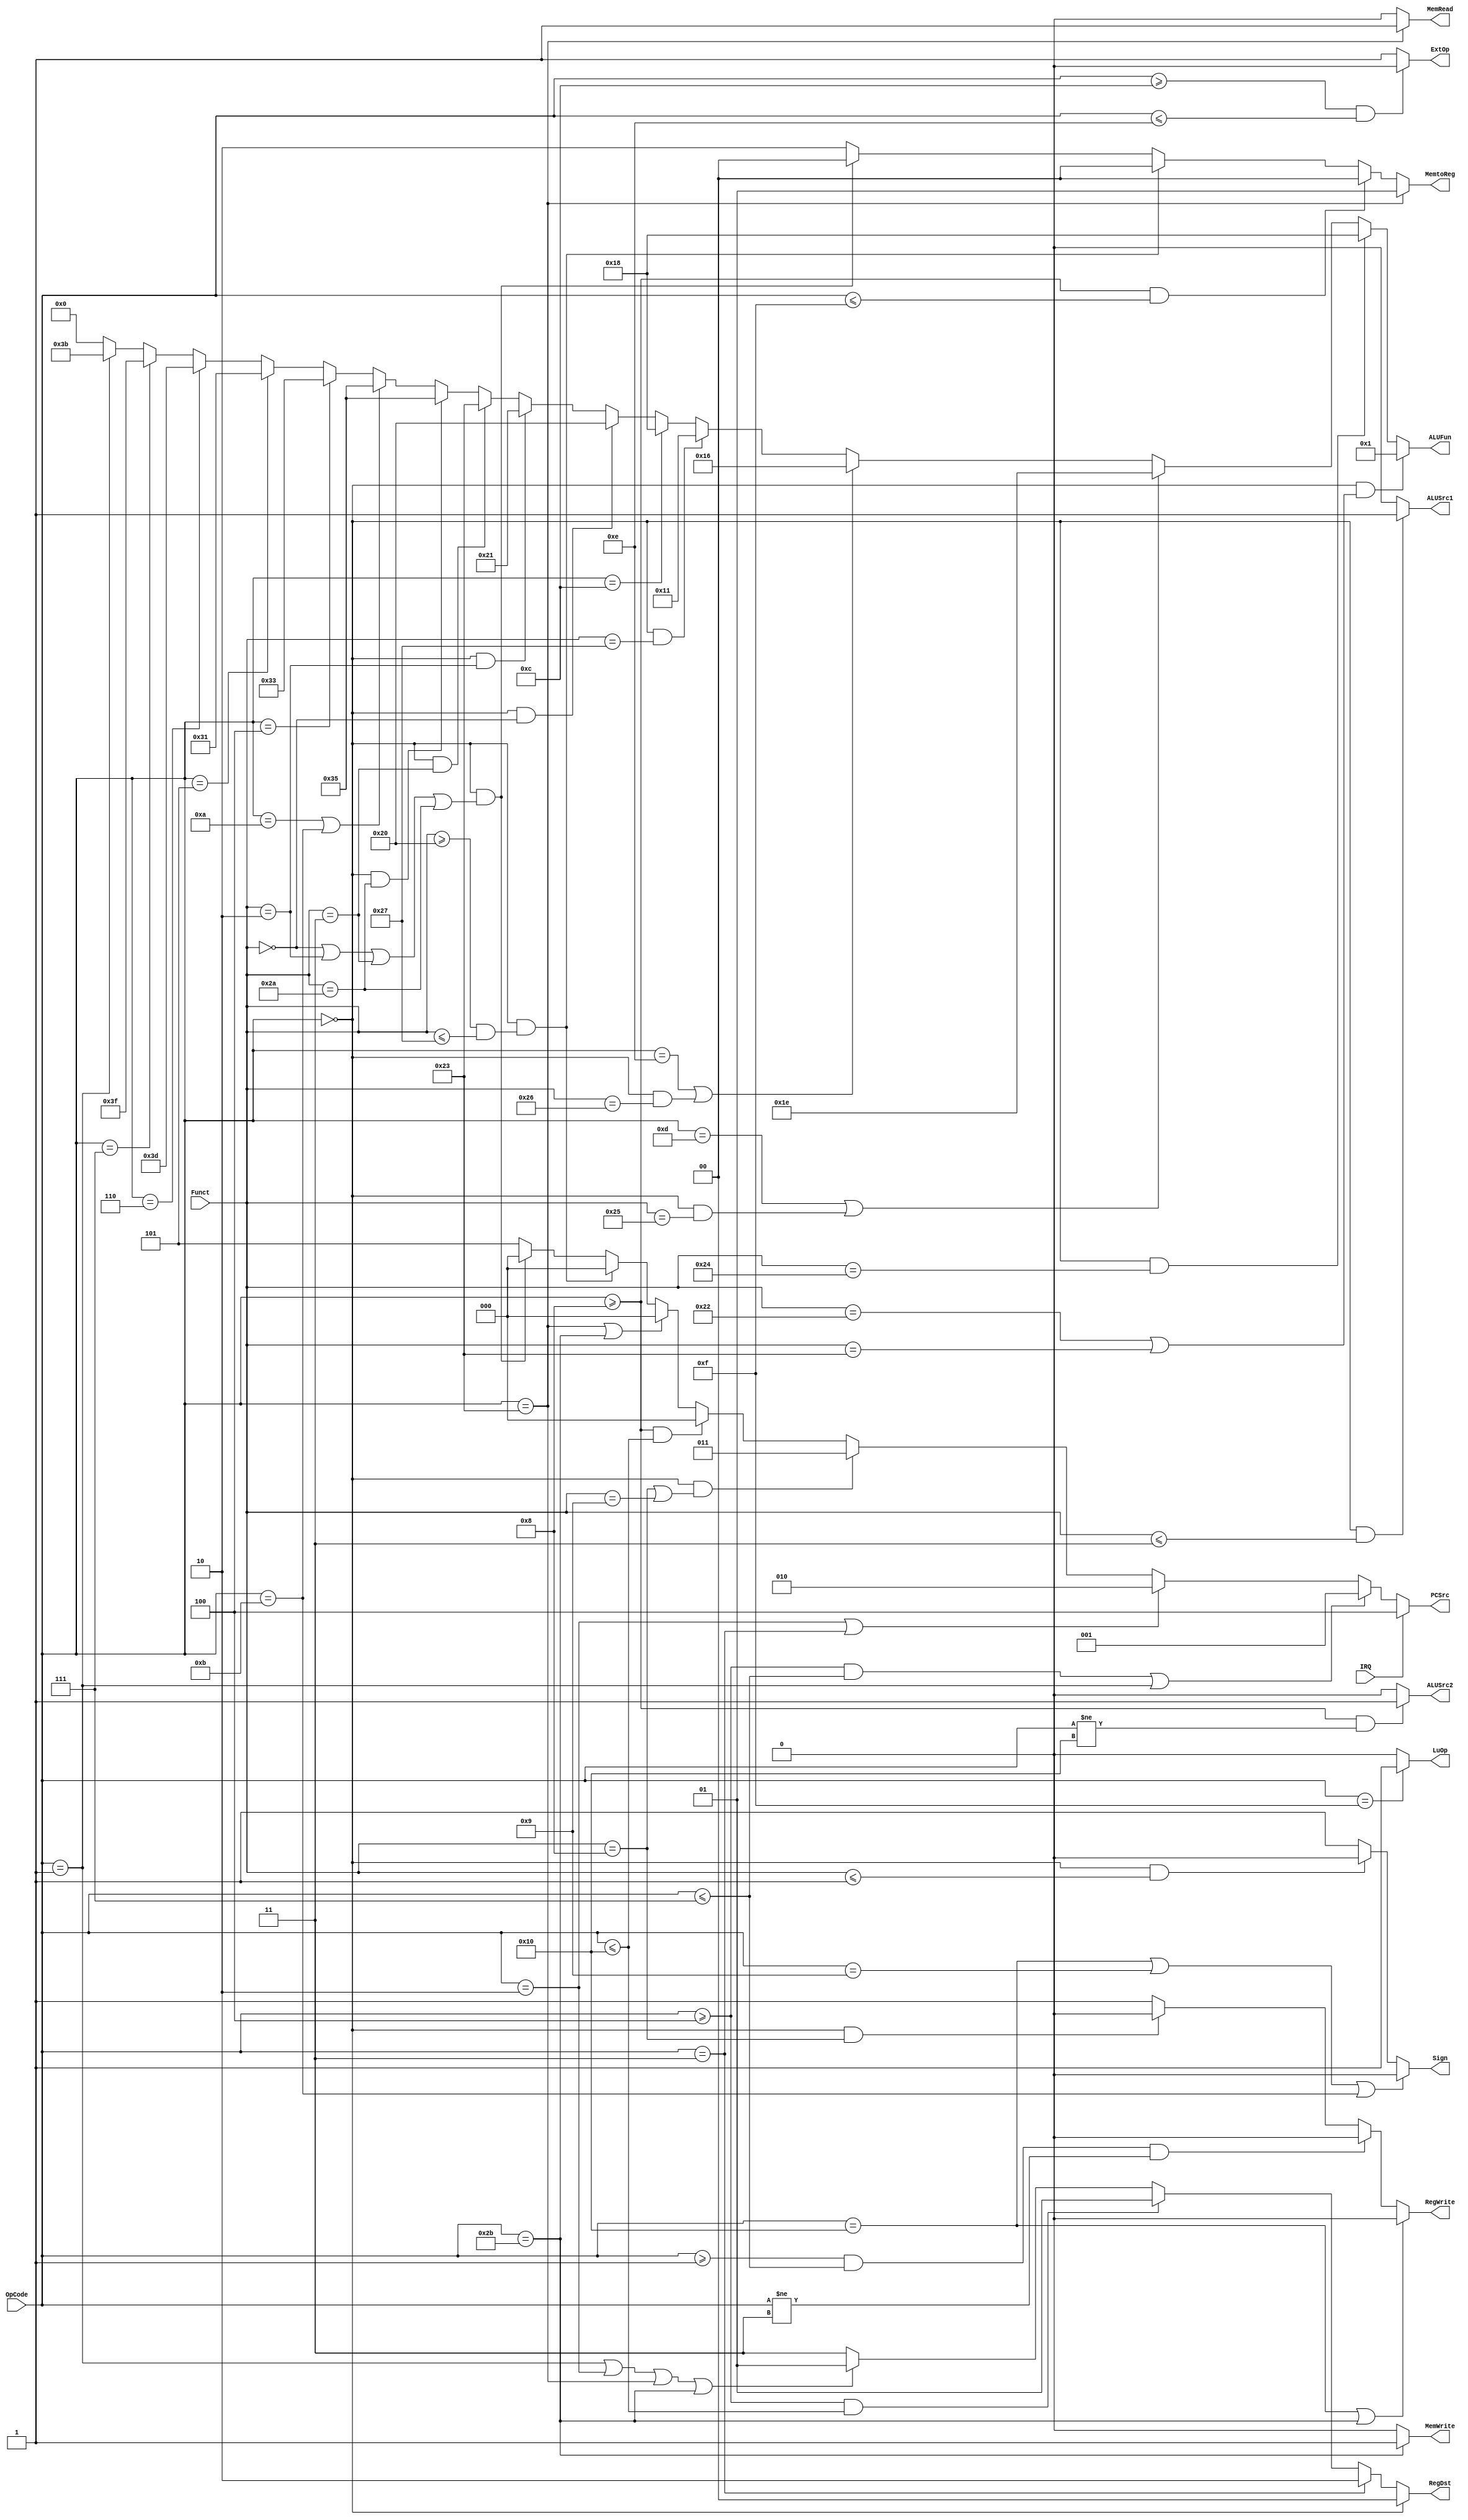

module Control(OpCode, Funct, IRQ, 
	PCSrc, RegWrite, RegDst, 
	MemRead, MemWrite, MemtoReg, 
	ALUSrc1, ALUSrc2, ExtOp, LuOp, ALUFun, Sign);
	input [5:0] OpCode;
	input [5:0] Funct;
	input IRQ;
	output [2:0] PCSrc;
	output RegWrite;
	output [1:0] RegDst;
	output MemRead;
	output MemWrite;
	output [1:0] MemtoReg;
	output ALUSrc1;
	output ALUSrc2;
	output ExtOp;
	output LuOp;
	output Sign;
	output [5:0] ALUFun;
	
	
	// Your code below
	assign PCSrc = 
		IRQ ? 3'b100:
		((OpCode >= 6'h04 && OpCode <= 6'h07) || OpCode == 6'h01) ? 3'b001:
		(OpCode == 6'h02 || OpCode == 6'h03) ? 3'b010:
		(OpCode == 0 && (Funct == 6'h08 || Funct == 6'h09)) ? 3'b011:
		(OpCode >= 6'h08 && OpCode <= 6'h10) ? 3'b000:
		(OpCode == 6'h23 || OpCode == 6'h2b) ? 3'b000:
		(OpCode == 0 && (Funct >= 6'h20 && Funct <= 6'h27)) ? 3'b000:
		(OpCode == 0 && (Funct == 6'h00 || Funct == 6'h02 || Funct == 6'h03 || Funct == 6'h2a)) ? 3'b000:
		3'b101;

	assign RegWrite = 
		(OpCode == 6'h10 || OpCode == 6'h2b) ? 1'b0:
		(OpCode >= 6'h01 && OpCode <= 6'h07 && OpCode != 6'h03) ? 1'b0:
		(OpCode == 6'h00 && Funct == 6'h08) ? 1'b0:
		1'b1;

	assign RegDst = 
		(OpCode == 6'h00 )? 2'b00:
		(OpCode == 6'h03 )? 2'b10:
		(OpCode >= 6'h04 && OpCode <= 6'h10)? 2'b01:
		(OpCode == 6'h01 || OpCode == 6'h02 || OpCode == 6'h23 || OpCode == 6'h2b)? 2'b01:
		2'b11;

	assign MemRead = 
		(OpCode == 6'h23)? 1'b1:
		1'b0;

	assign MemWrite = 
		(OpCode == 6'h2b)? 1'b1:
		1'b0;

	assign MemtoReg = 
		(OpCode == 6'h23)? 2'b01:
		(OpCode >= 6'h08 && OpCode <= 6'h0f) ? 2'b00:
		(OpCode == 0 && (Funct >= 6'h20 && Funct <= 6'h27)) ? 2'b00:
		(OpCode == 0 && (Funct == 6'h00 || Funct == 6'h02 || Funct == 6'h03 || Funct == 6'h2a)) ? 2'b00:
		2'b10;

	assign ALUSrc1 = 
		(OpCode == 6'h00 && Funct <= 6'h03)? 1'b1:
		1'b0;

	assign ALUSrc2 = 
		(OpCode >= 6'h08 && OpCode != 6'h10)? 1'b1:
		1'b0;

	assign ExtOp = 
		(OpCode >= 6'h0c && OpCode <= 6'h0e)? 1'b0:
		1'b1;

	assign LuOp =
		(OpCode == 6'h0f)? 1'b1:
		1'b0;

	assign Sign = 
		(OpCode == 6'h10 || OpCode == 6'h09 || OpCode == 6'h0b) ? 1'b0:
		(OpCode == 6'h00 && Funct <= 6'h01) ? 1'b0:
		1'b1;
	// Your code above
	
	assign ALUFun[5:0] = 
		(OpCode == 6'h00 && (Funct == 6'h22 || Funct == 6'h23))? 6'b000001:
		(OpCode == 6'h00 && Funct == 6'h24)? 6'b011000:
		(OpCode == 6'h0d || (OpCode == 6'h00 && Funct == 6'h25))? 6'b011110: 
		(OpCode == 6'h0e || (OpCode == 6'h00 && Funct == 6'h26))? 6'b010110:
		(OpCode == 6'h00 && Funct == 6'h27)? 6'b010001:
		(OpCode == 6'h0c)? 6'b011000:
		(OpCode == 6'h00 && Funct == 6'h00)? 6'b100000:
		(OpCode == 6'h00 && Funct == 6'h02)? 6'b100001:
		(OpCode == 6'h00 && Funct == 6'h03)? 6'b100011:
		(OpCode == 6'h00 && Funct == 6'h2a)? 6'b110101:
		(OpCode == 6'h0a || OpCode == 6'h0b)? 6'b110101:
		(OpCode == 6'h04)? 6'b110011:
		(OpCode == 6'h05)? 6'b110001:
		(OpCode == 6'h06)? 6'b111101:
		(OpCode == 6'h07)? 6'b111111:
		(OpCode == 6'h01)? 6'b111011:
		6'b000000;
	
endmodule